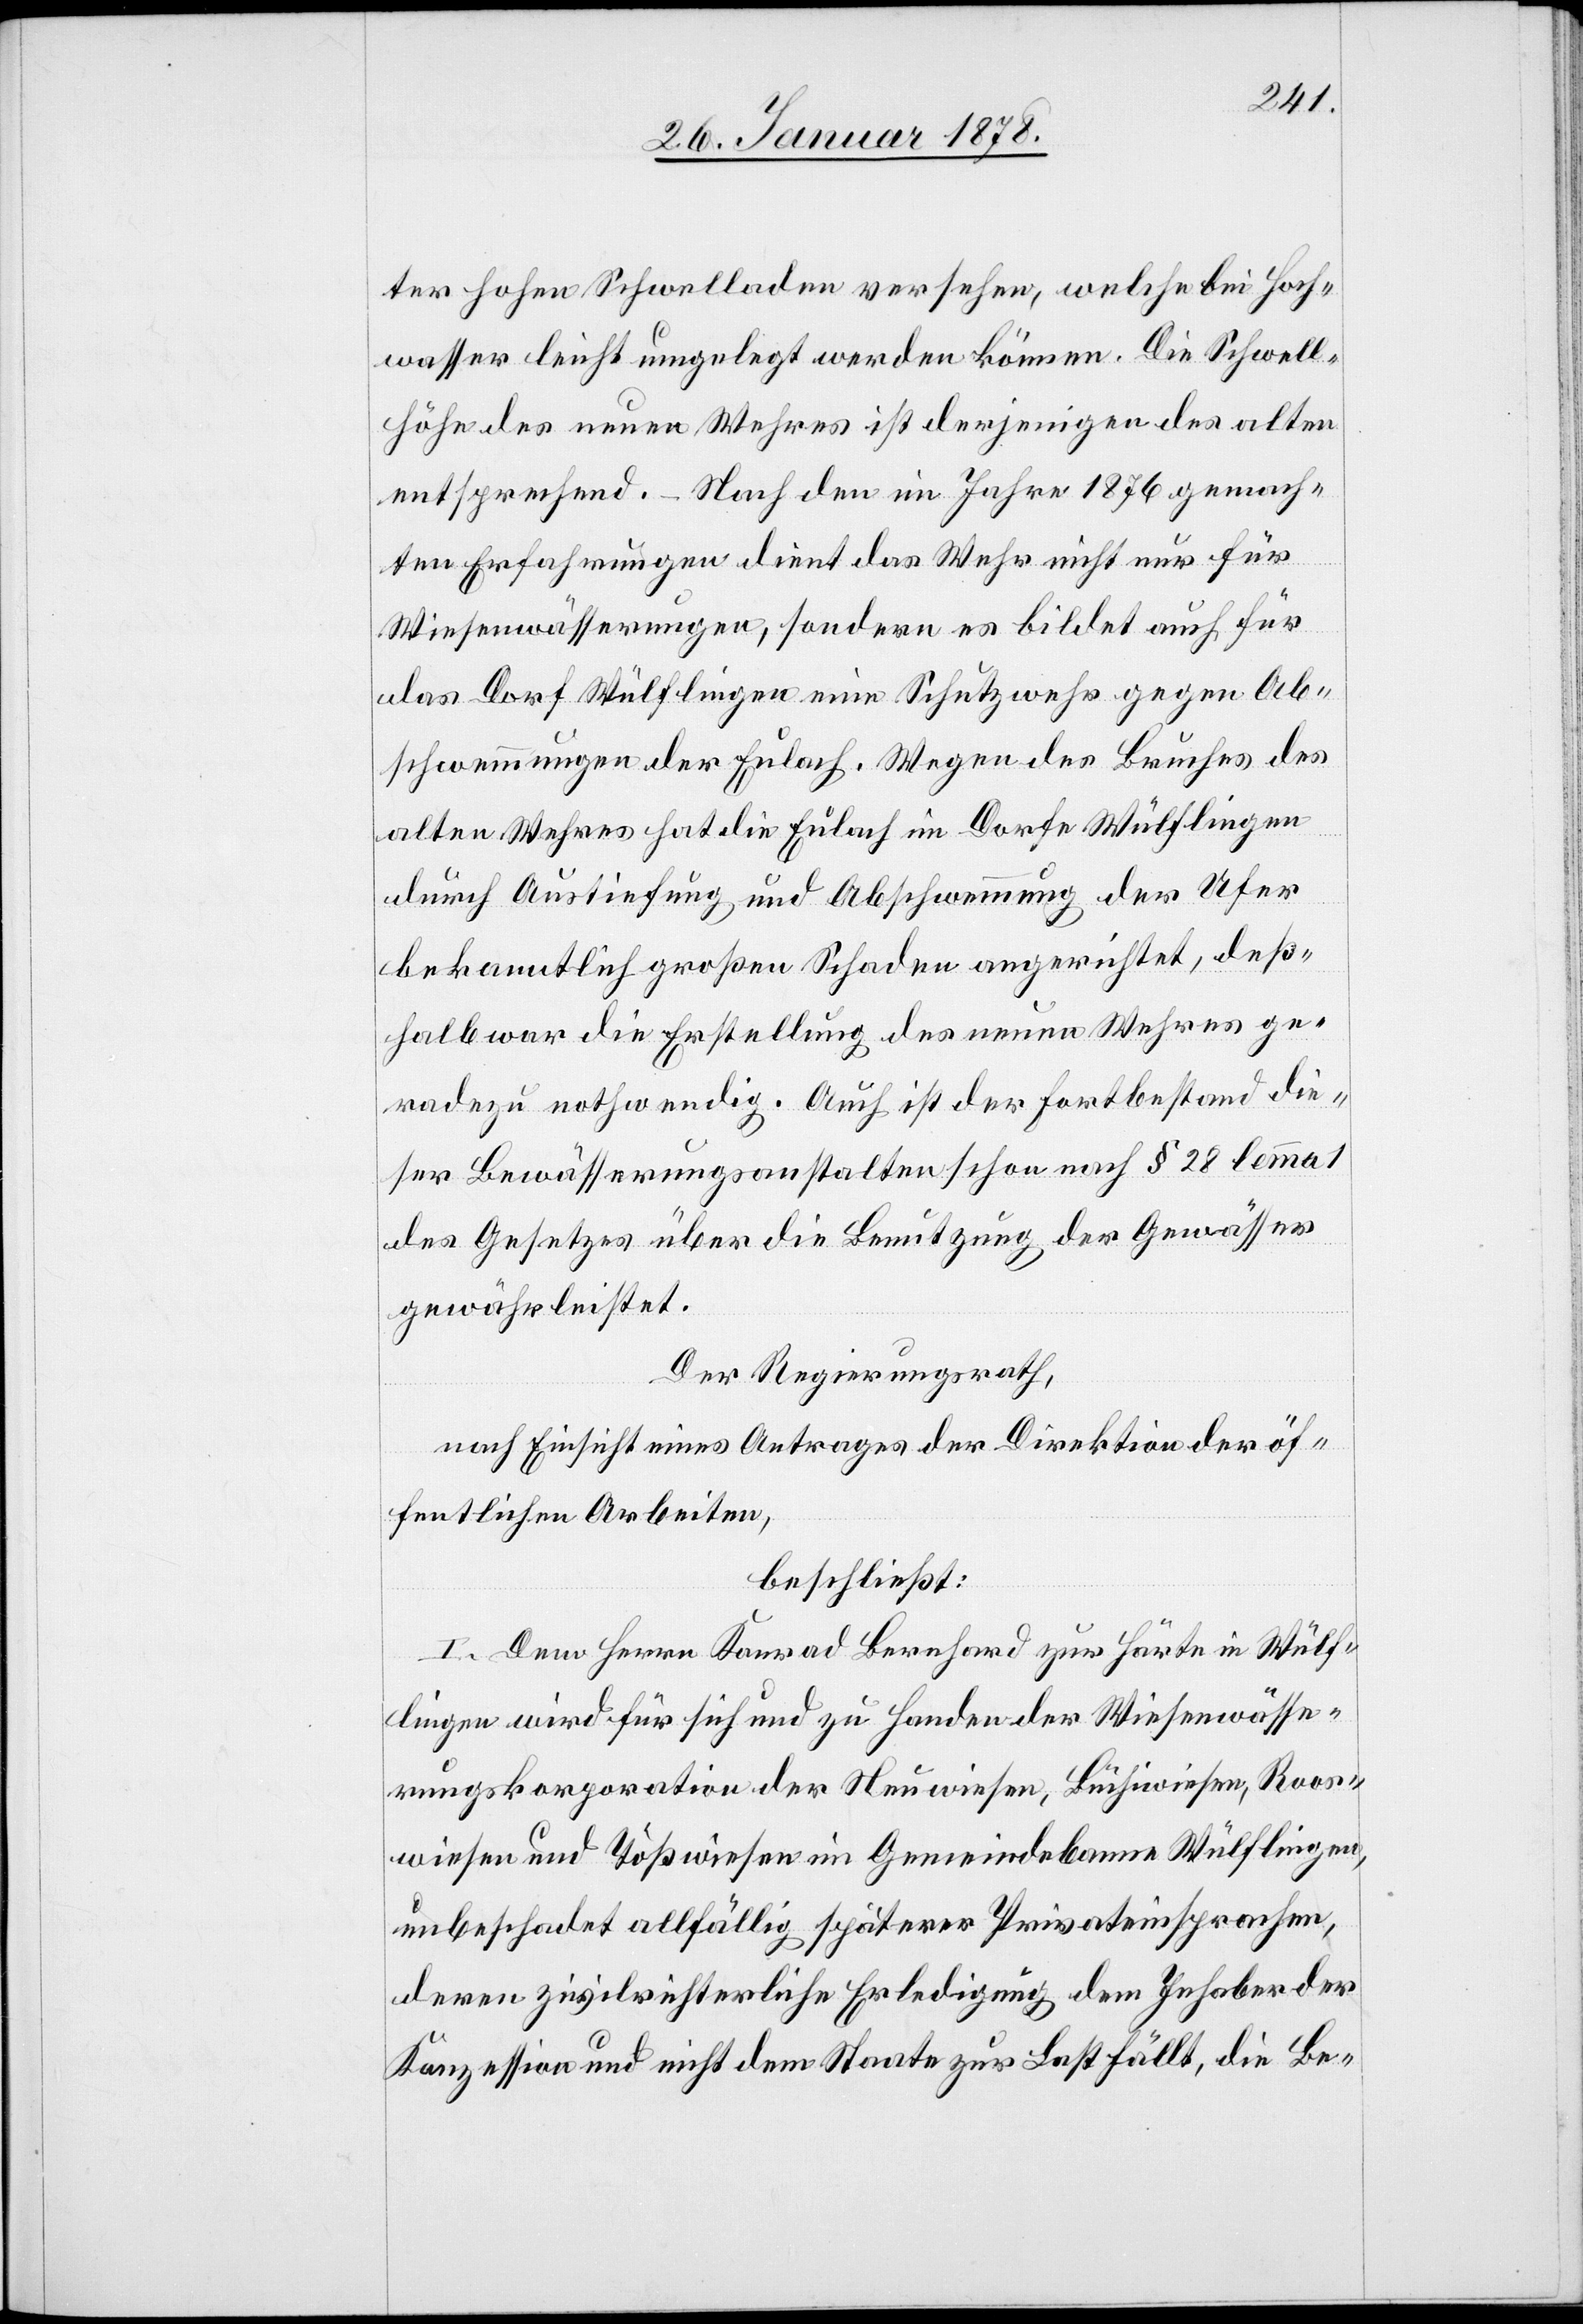
ter hohen Schwelladen versehen, welche bei Hoch¬
wasser leicht umgelegt werden können. Die Schwell¬
höhe des neuen Wehres ist derjenigen des alten
entsprechend. – Nach den im Jahre 1876 gemach¬
ten Erfahrungen dient das Wuhr nicht nur für
Wiesenwässerungen, sondern es bildet auch für
das Dorf Wülflingen eine Schutzwehr gegen Ab¬
schwemmungen der Eulach. Wegen des Bruches des
alten Wehres hat die Eulach im Dorfe Wülflingen
durch Austiefung und Abschwemmung der Ufer
bekanntlich großen Schaden angerichtet, deß¬
halb war die Erstellung des neuen Wehres ge¬
radezu nothwendig. Auch ist der Fortbestand die¬
ser Bewässerungsanstalten schon nach § 28 lemma 1
des Gesetzes über die Benutzung der Gewässer
gewährleistet.
Der Regierungsrath,
nach Einsicht eines Antrages der Direktion der öf¬
fentlichen Arbeiten,
beschließt:
I. Dem Herrn Konrad Bernhard zur Härte in Wülf¬
lingen wird für sich und zu Handen der Wiesenwässe¬
rungskorporation der Neuwiesen, Büchiwiesen, Roos¬
wiesen und Tößwiesen im Gemeindebanne Wülflingen,
unbeschadet allfällig späterer Privateinsprachen,
deren zivilrichterliche Erledigung dem Inhaber der
Konzession und nicht dem Staate zur Last fällt, die Be-